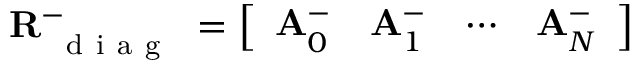
\mathbf { R } _ { \mathrm { ~ { ~ d ~ i ~ a ~ g ~ } ~ } } ^ { - } = \left[ \begin{array} { l l l l } { \mathbf { A } _ { 0 } ^ { - } } & { \mathbf { A } _ { 1 } ^ { - } } & { \cdots } & { \mathbf { A } _ { N } ^ { - } } \end{array} \right]